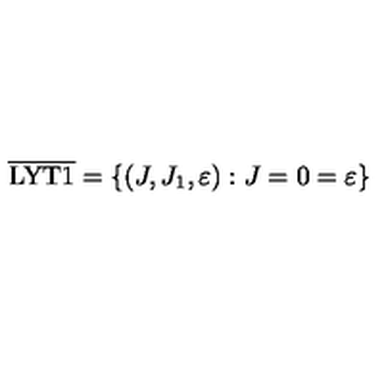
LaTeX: \overline { \mathrm { L Y T 1 } } = \left\{ ( J , J _ { 1 } , \varepsilon ) : J = 0 = \varepsilon \right\}